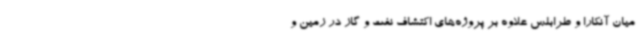
میان آنکارا و طرابلس علاوه بر پروژه‌های اکتشاف نفت و گاز در زمین و